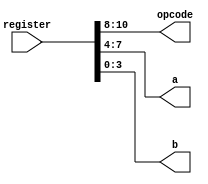
module ifparser(register, opcode, a, b);
	input [10:0] register;
	output [2:0] opcode;

	output [3:0] a, b;

	assign opcode = register[10:8];
	assign a = register[7:4];
	assign b = register[3:0];

endmodule